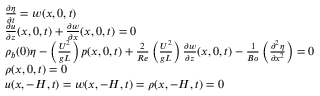
\begin{array} { r l } & { \frac { \partial \eta } { \partial t } = w ( x , 0 , t ) } \\ & { \frac { \partial u } { \partial z } ( x , 0 , t ) + \frac { \partial w } { \partial x } ( x , 0 , t ) = 0 } \\ & { \rho _ { b } ( 0 ) \eta - \left( \frac { U ^ { 2 } } { g L } \right) p ( x , 0 , t ) + \frac { 2 } { R e } \left( \frac { U ^ { 2 } } { g L } \right) \frac { \partial w } { \partial z } ( x , 0 , t ) - \frac { 1 } { B o } \left( \frac { \partial ^ { 2 } \eta } { \partial x ^ { 2 } } \right) = 0 } \\ & { \rho ( x , 0 , t ) = 0 } \\ & { u ( x , - H , t ) = w ( x , - H , t ) = \rho ( x , - H , t ) = 0 } \end{array}